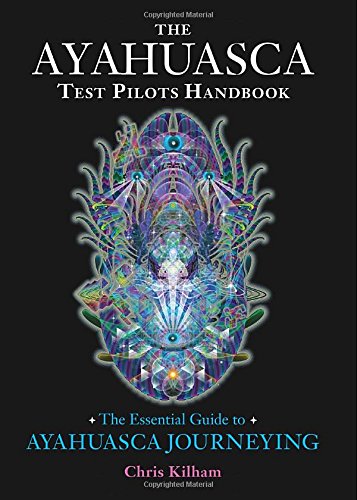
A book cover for The Ayahuasca Test Pilots Handbook: The Essential Guide to Ayahuasca Journeying; Christopher Kilham; Religion & Spirituality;